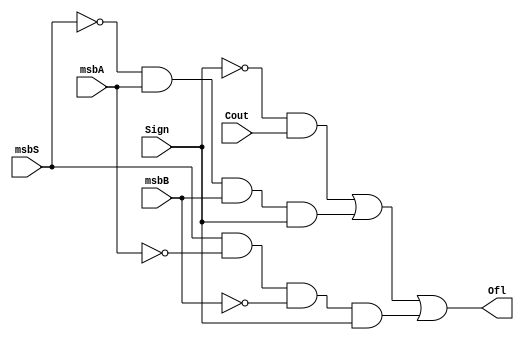
module overflow_detector(msbA, msbB, msbS, Cout, Sign, Ofl);
	
	input msbA, msbB, msbS, Cout, Sign;
	output Ofl;

	assign Ofl = (~Sign & Cout) //unsigned add
				|(~msbS & msbA & msbB & Sign) //positve Sum from 2 negative addends 
				|(msbS	& ~msbA & ~msbB & Sign); //negative Sum from 2 positive addends 

endmodule